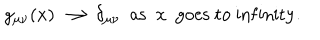
g _ { \mu \nu } ( x ) \longrightarrow \delta _ { \mu \nu } \ \ \mathrm { a s } \ \ x \ \ \mathrm { g o e s \ t o \ i n f i n i t y . }